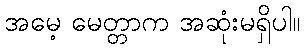
အမေ့ မေတ္တာက အဆုံးမရှိပါ။